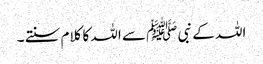
اللہ کے نبی ﷺ سے اللہ کا کلام سنتے ۔